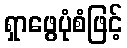
ရှာဖွေပုံစံဖြင့်